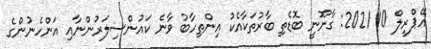
އޭޕްރީލް 10 2021: ގާނޫނީ ބޮޑެތި ބާރުތަކާއެެކު އިންތިހާބު ވާނެ ކައުންސިލަރުންނާއި އަންހެނުންގެ